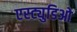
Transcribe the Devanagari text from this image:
एस्ट्युडिओ